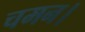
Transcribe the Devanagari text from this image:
चमन।